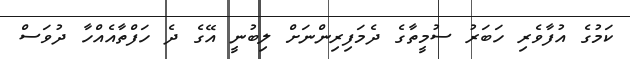
ކަމުގެ އުފާވެރި ހަބަރު ސުމީތާގެ ދެމަފިރިންނަށް ލިބުނީ އޭގެ ދެ ހަފްތާއެއްހާ ދުވަސް